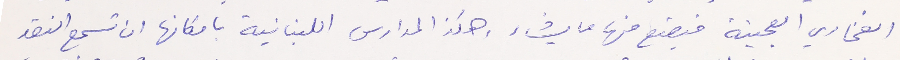
الفخاري العجينة فيصنع منها ما يشاء، وهكذ المدارس اللبنانية بامكانها ان تسمع النقد